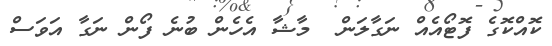
ކޮއްކޮގެ ފޮޓޯއެއް ނަގާލަން  މާޝާ އެހެން ބުނެ ފޯން ނަގާ އަވަސް